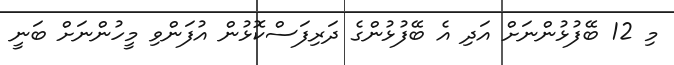
މި 12 ބޭފުޅުންނަށް އަދި އެ ބޭފުޅުންގެ ދަރިފަސްކޮޅުން އުފަންވި މީހުންނަށް ބަނީ